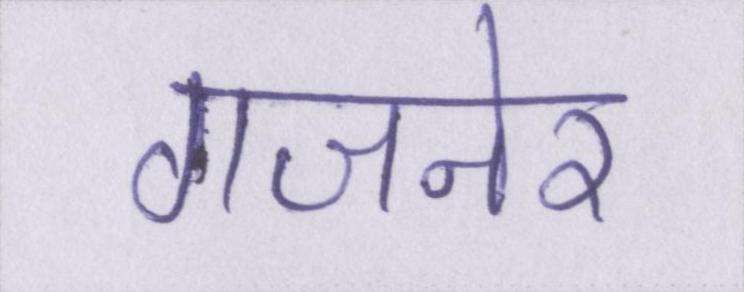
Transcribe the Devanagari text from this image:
गजनेर